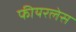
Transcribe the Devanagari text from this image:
फीयरलेस